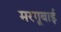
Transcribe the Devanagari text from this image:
मरगूबाई